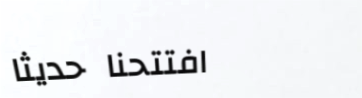
افتتحنا حديثاً